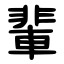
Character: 輩